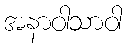
အနာဝါသာဝါ